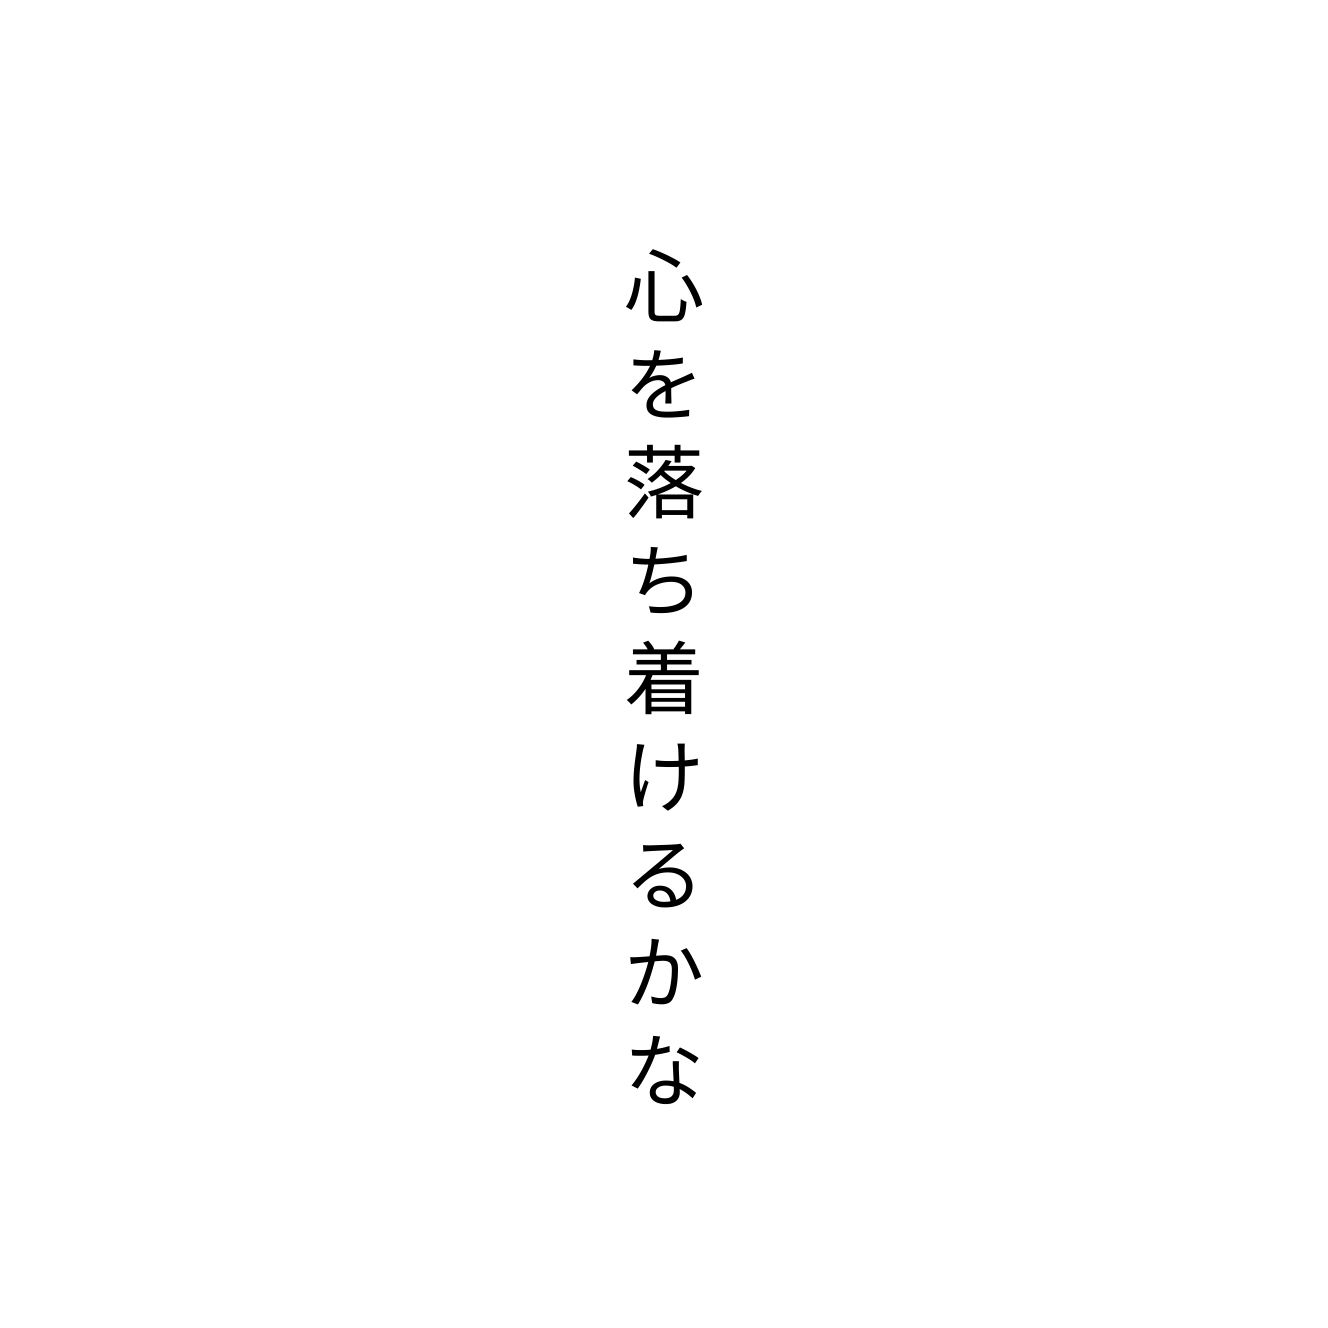
心を落ち着けるかな